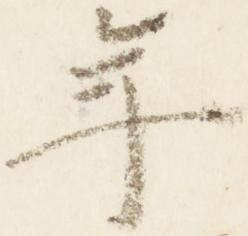
年